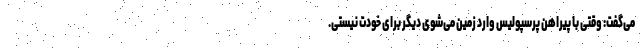
می‌گفت: وقتی با پیراهن پرسپولیس وارد زمین می‌شوی دیگر برای خودت نیستی.